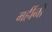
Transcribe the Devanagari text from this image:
महींनों